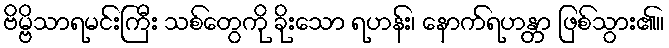
ဗိမ္ဗိသာရမင်းကြီး သစ်တွေကို ခိုးသော ရဟန်း၊ နောက်ရဟန္တာ ဖြစ်သွား၏။